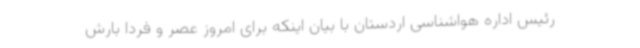
رئیس اداره هواشناسی اردستان با بیان اینکه برای امروز عصر و فردا بارش